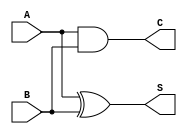
module CurrentModeHalfAdder (
    input wire A,  // Current input A
    input wire B,  // Current input B
    output wire S, // Current output Sum
    output wire C  // Current output Carry
);

// Sum calculation: S = A XOR B
assign S = A ^ B;

// Carry calculation: C = A AND B
assign C = A & B;

endmodule